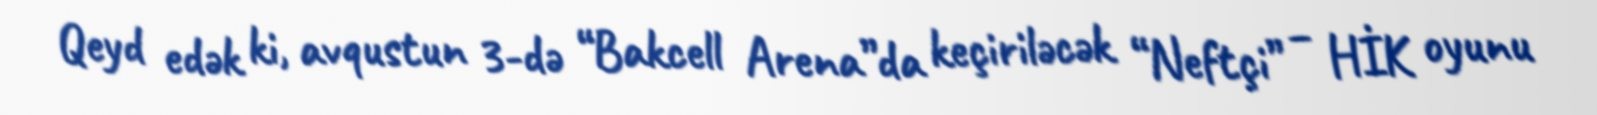
Qeyd edək ki, avqustun 3-də “Bakcell Arena”da keçiriləcək “Neftçi” – HİK oyunu